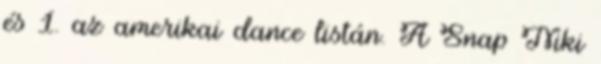
és 1. az amerikai dance listán. A Snap Niki